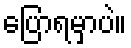
ပြောရမှာပဲ။